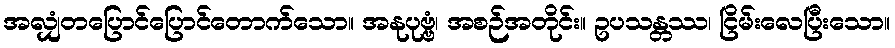
အလျှံတပြောင်ပြောင်တောက်သော။ အနုပုဗ္ဗံ၊ အစဉ်အတိုင်း။ ဥပသန္တဿ၊ ငြိမ်းလေပြီးသော။